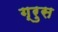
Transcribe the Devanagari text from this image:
ग्रुस